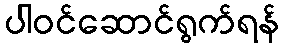
ပါဝင်ဆောင်ရွက်ရန်